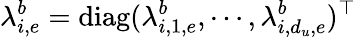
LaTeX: \lambda_{i,e}^{b}=\mathrm{diag}(\lambda_{i,1,e}^{b},\cdots,\lambda_{i,d_{u},e}^{b})^{\top}